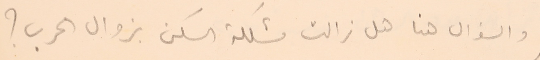
والسؤال هنا هل زالت مشكلة السكن بزوال الحرب؟